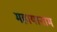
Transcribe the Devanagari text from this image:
महायानाम